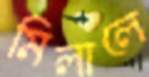
মিলালে